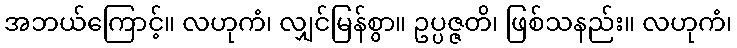
အဘယ်ကြောင့်။ လဟုကံ၊ လျှင်မြန်စွာ။ ဥပ္ပဇ္ဇတိ၊ ဖြစ်သနည်း။ လဟုကံ၊